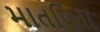
માતપિતા